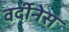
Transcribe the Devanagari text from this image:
वर्दीनेस